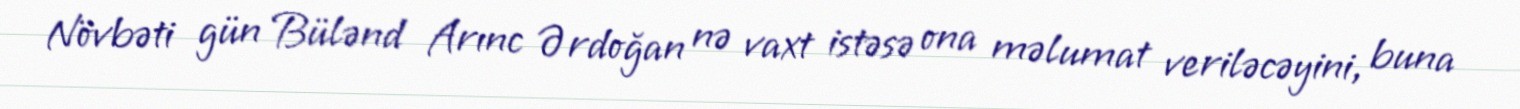
Növbəti gün Bülənd Arınc Ərdoğan nə vaxt istəsə ona məlumat veriləcəyini, buna